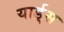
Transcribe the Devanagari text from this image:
यार्ड्‌स